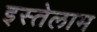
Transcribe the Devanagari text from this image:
इस्तेलाम